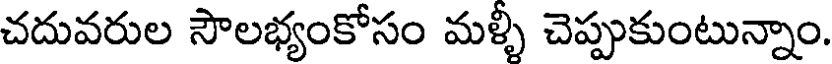
చదువరుల సౌలభ్యంకోసం మళ్ళీ చెప్పుకుంటున్నాం.